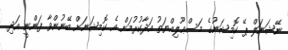
ނޭޝަނަލް ޕޭ ކޮމިޝަނުގެ މަސްޢޫލިއްޔަތު އަދާކުރުމަށް އެ ކޮމިޝަނަށް ބޭނުންވާ ފަންނީ އަދި